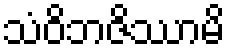
သံဝိဘဇိဿာမိ